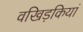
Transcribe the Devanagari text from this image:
वखिड़कियां